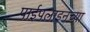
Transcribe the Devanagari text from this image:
पाईपलाइनच्या